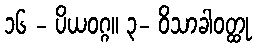
၁၆ - ပိယဝဂ္ဂ။ ၃- ဝိသာခါဝတ္ထု